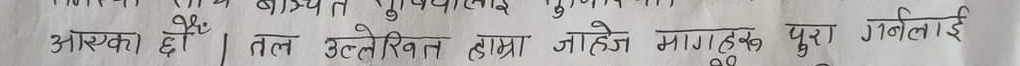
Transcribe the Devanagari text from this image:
आएका छौ । तल उल्लेखित हाम्रा ग्याज मागहरुरू पुरा गनलाई